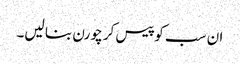
ان سب کو پیس کر چورن بنا لیں۔